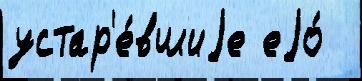
устар'е́вшиjе еjо́